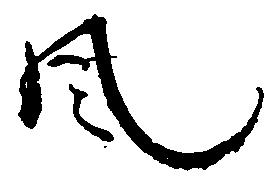
風